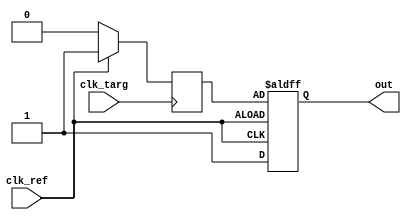
module sa(
	output out,
	input clk_ref,
	input clk_targ
);


reg up,down;
reg up_next,down_next;

assign out = down;

always @ (posedge clk_ref or negedge clk_ref) begin
	if(~clk_ref)begin
		up <= 1;
		down <= 1;
	end
	else begin
		up <= up_next;
		down <= down_next;
	end
end

always @ (posedge clk_targ) begin
	up_next <= 1;
	down_next <= 1;

	if(clk_ref)begin
		up_next <= 0;
		down_next <= 1;
	end
	else begin
		up_next <= 1;
		down_next <= 0;
	end
end

endmodule